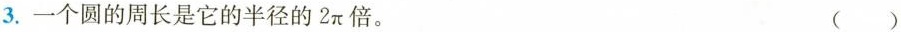
3.一个圆的周长是它的半径的2π倍。 ()